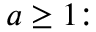
a \geq 1 { : }